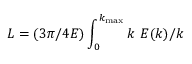
L = ( 3 \pi / 4 E ) \int _ { 0 } ^ { k _ { \mathrm { m a x } } } \d { k } \ E ( k ) / k